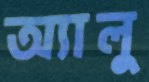
অ্যালু